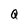
Character: Q